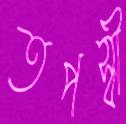
তপস্বী